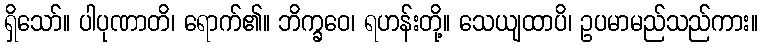
ရှိသော်။ ပါပုဏာတိ၊ ရောက်၏။ ဘိက္ခဝေ၊ ရဟန်းတို့။ သေယျထာပိ၊ ဥပမာမည်သည်ကား။